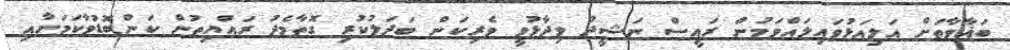
ބަޣާވާތަށް އަލިއަޅުވައިލައްވަމުން ރައީސް ނަޝީދު ވިދާޅުވީ ވެރިކަން ބަދަލުކުރި ގޮތާމެދު ރައްޔިތުން ކަންބޮޑުވާކަމަށާއި